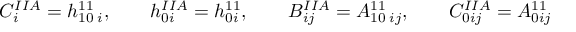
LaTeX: C _ { i } ^ { I I A } = h _ { 1 0 \; i } ^ { 1 1 } , \qquad h _ { 0 i } ^ { I I A } = h _ { 0 i } ^ { 1 1 } , \qquad B _ { i j } ^ { I I A } = A _ { 1 0 \; i j } ^ { 1 1 } , \qquad C _ { 0 i j } ^ { I I A } = A _ { 0 i j } ^ { 1 1 }